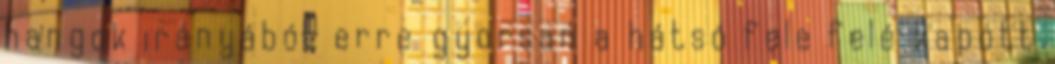
hangok irányából, erre gyorsan a hátsó fele felé kapott